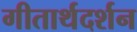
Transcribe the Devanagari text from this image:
गीतार्थदर्शन